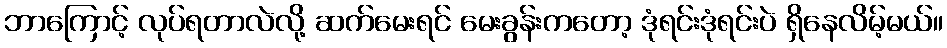
ဘာကြောင့် လုပ်ရတာလဲလို့ ဆက်မေးရင် မေးခွန်းကတော့ ဒုံရင်းဒုံရင်းပဲ ရှိနေလိမ့်မယ်။